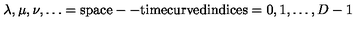
\lambda , \mu , \nu , \dots = \mathrm { s p a c e -- t i m e c u r v e d i n d i c e s } = 0 , 1 , \dots , D - 1